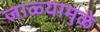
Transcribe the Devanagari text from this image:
जाळ्यामुळे